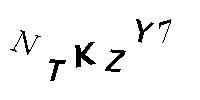
NTKZY7